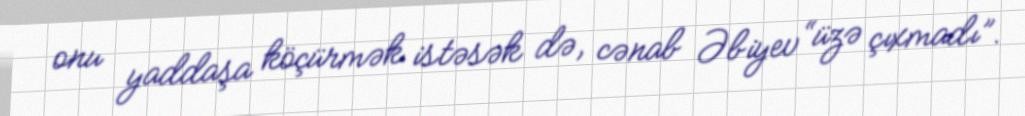
onu yaddaşa köçürmək istəsək də, cənab Əbiyev “üzə çıxmadı”.